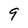
Character: 9